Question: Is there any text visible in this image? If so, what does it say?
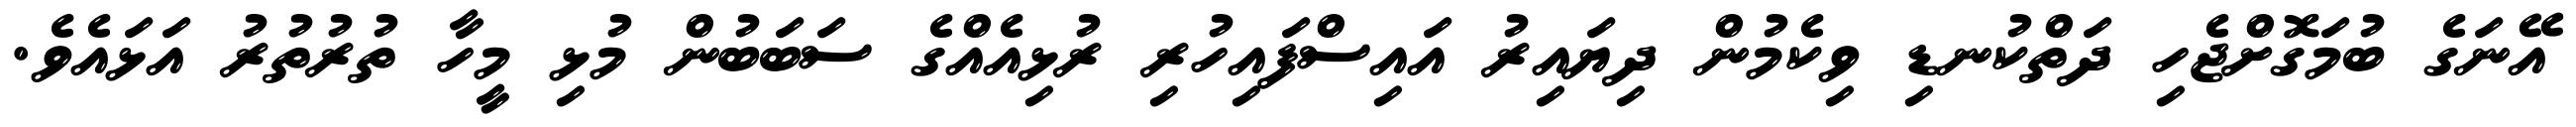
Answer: އޭނަގެ ބުމަގޮށްޖެހި ދަތްކުނޑި ވިކެމުން ދިޔައިރު އައިސްފައިހުރި ރުޅިއެއްގެ ސަބަބުން މުޅި މީހާ ތުރުތުރު އަޅައެވެ.